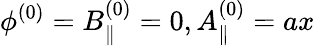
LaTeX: {\phi}^{(0)}={B}_{\parallel}^{(0)}=0,A_{\parallel}^{(0)}=ax